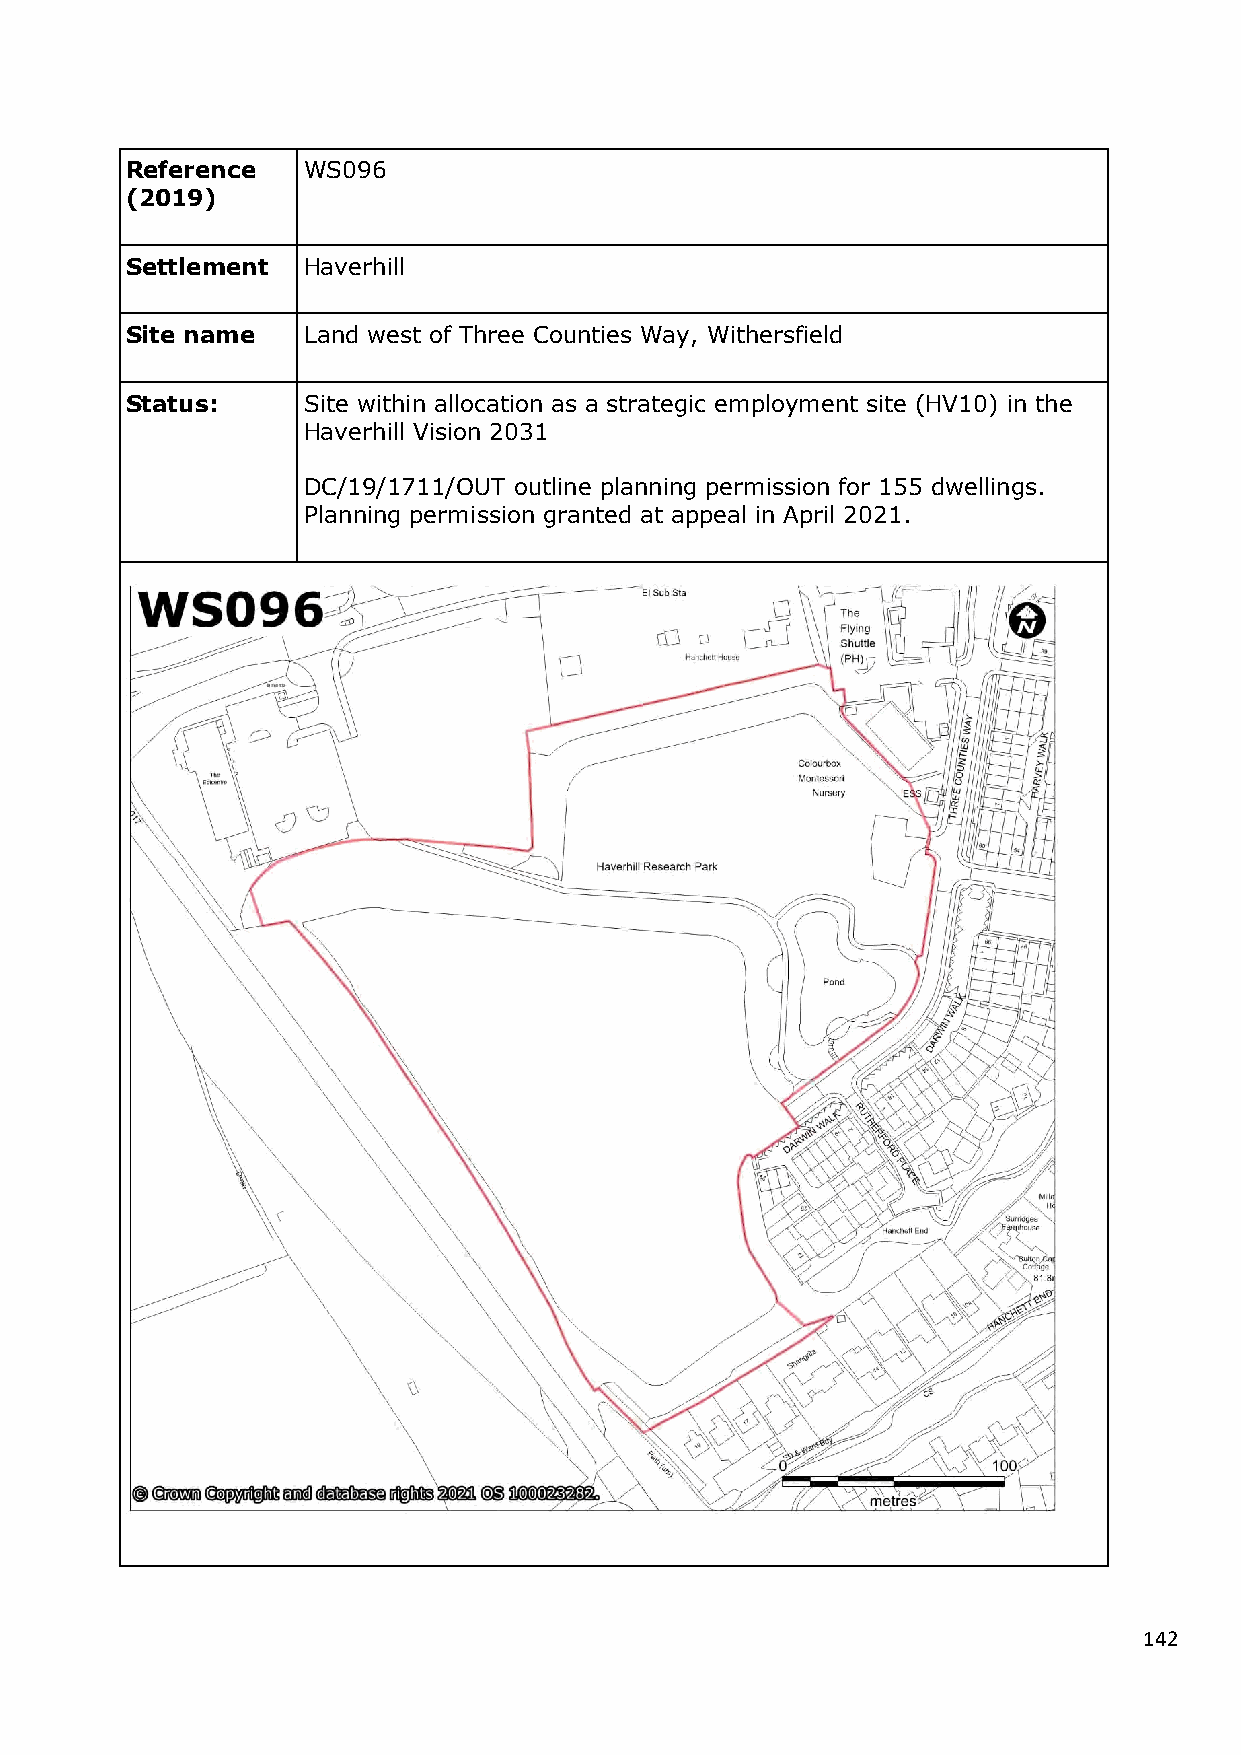
Reference   WS096
 (2019)
 Settlement  Haverhill
 Site name   Land west of Three Counties Way, Withersfield
 Status:     Site within allocation as a strategic employment site (HV10) in the
 Haverhill Vision 2031
 DC/19/1711/OUT outline planning permission for 155 dwellings.
 Planning permission granted at appeal in April 2021.
 142